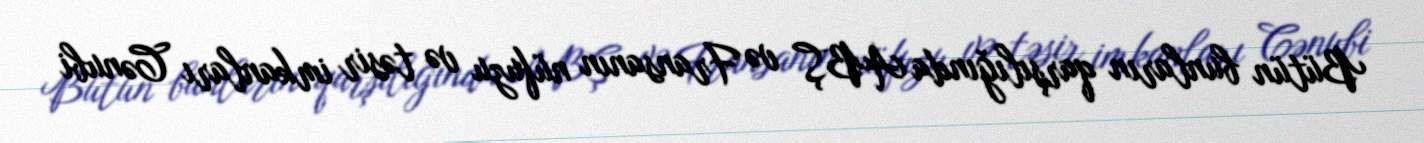
Bütün bunların qarşılığında ABŞ və Fransanın nüfuzu və təsir imkanları Cənubi